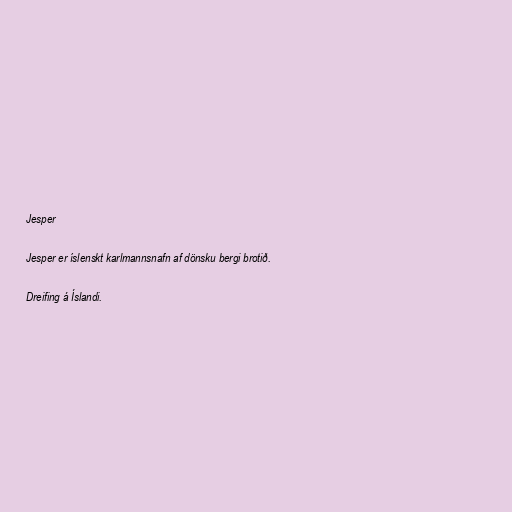
Jesper

Jesper er íslenskt karlmannsnafn af dönsku bergi brotið.

Dreifing á Íslandi.